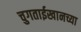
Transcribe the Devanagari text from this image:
चुगताईखानच्या